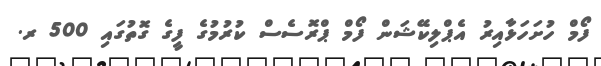
ފޯމް ހުށަހަޅާއިރު އެޕްލިކޭޝަން ފޯމް ޕްރޮސެސް ކުރުމުގެ ފީގެ ގޮތުގައި 500 ރ.